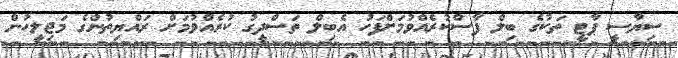
ސިޔާސީ ޕާޓީ ތަކުގެ ބިލް ފާސްކުރެއްވުމަށްފަހު އެބިލް ތަސްދީގު ކުރެއްވުމަށް ރައްޔިތުންގެ މަޖިލީހުން